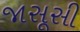
જાસૂસી